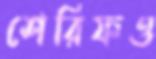
শেরিফও